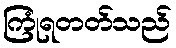
ကြုံရတတ်သည်